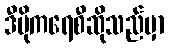
ဒီမိုကရေစီဆိုသည်မှာ